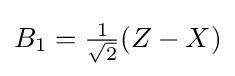
{\textstyle B_{1}={\frac {1}{\sqrt {2}}}(Z-X)}